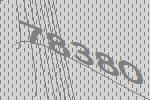
78380